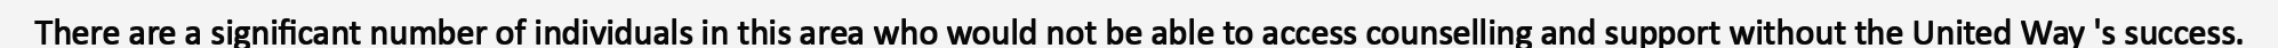
There are a significant number of individuals in this area who would not be able to access counselling and support without the United Way 's success.